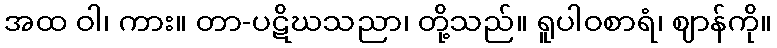
အထ ဝါ၊ ကား။ တာ-ပဋိဃသညာ၊ တို့သည်။ ရူပါဝစာရံ၊ ဈာန်ကို။